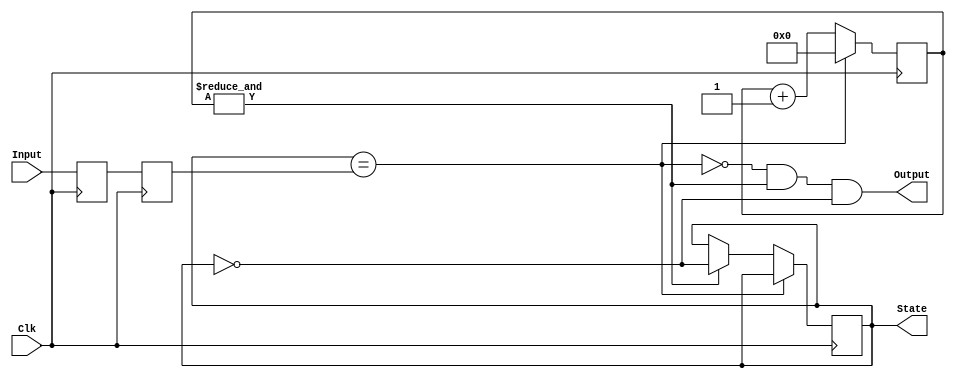
`timescale 1ns / 1ps
`ifndef LIB_STYCZYNSKI_DEBOUNCER_V
`define LIB_STYCZYNSKI_DEBOUNCER_V

/*
 * Piotr Styczyski @styczynski
 * Verilog Components Library
 *
 * Input debouncer
 * 
 *
 * MIT License
 */
module Debouncer
#(
    parameter DEBOUNCER_COUNTER_WIDTH = 19
) (
    input Clk,
    input Input,
    output reg State = 0,
    output Output
);

    reg Sync0 = 0, Sync1 = 0;

    reg [DEBOUNCER_COUNTER_WIDTH-1:0] Counter;
    wire Idle = (State == Sync1);
    wire Max = &Counter;

    always @(posedge Clk)
    begin
        Sync0 <= Input;
        Sync1 <= Sync0;
        if(Idle)
            Counter <= 0;
        else
        begin
            Counter <= Counter + 1;
            if(Max)
                State <= ~State;
        end
    end

    assign Output = ~Idle & Max & ~State;
endmodule

`endif